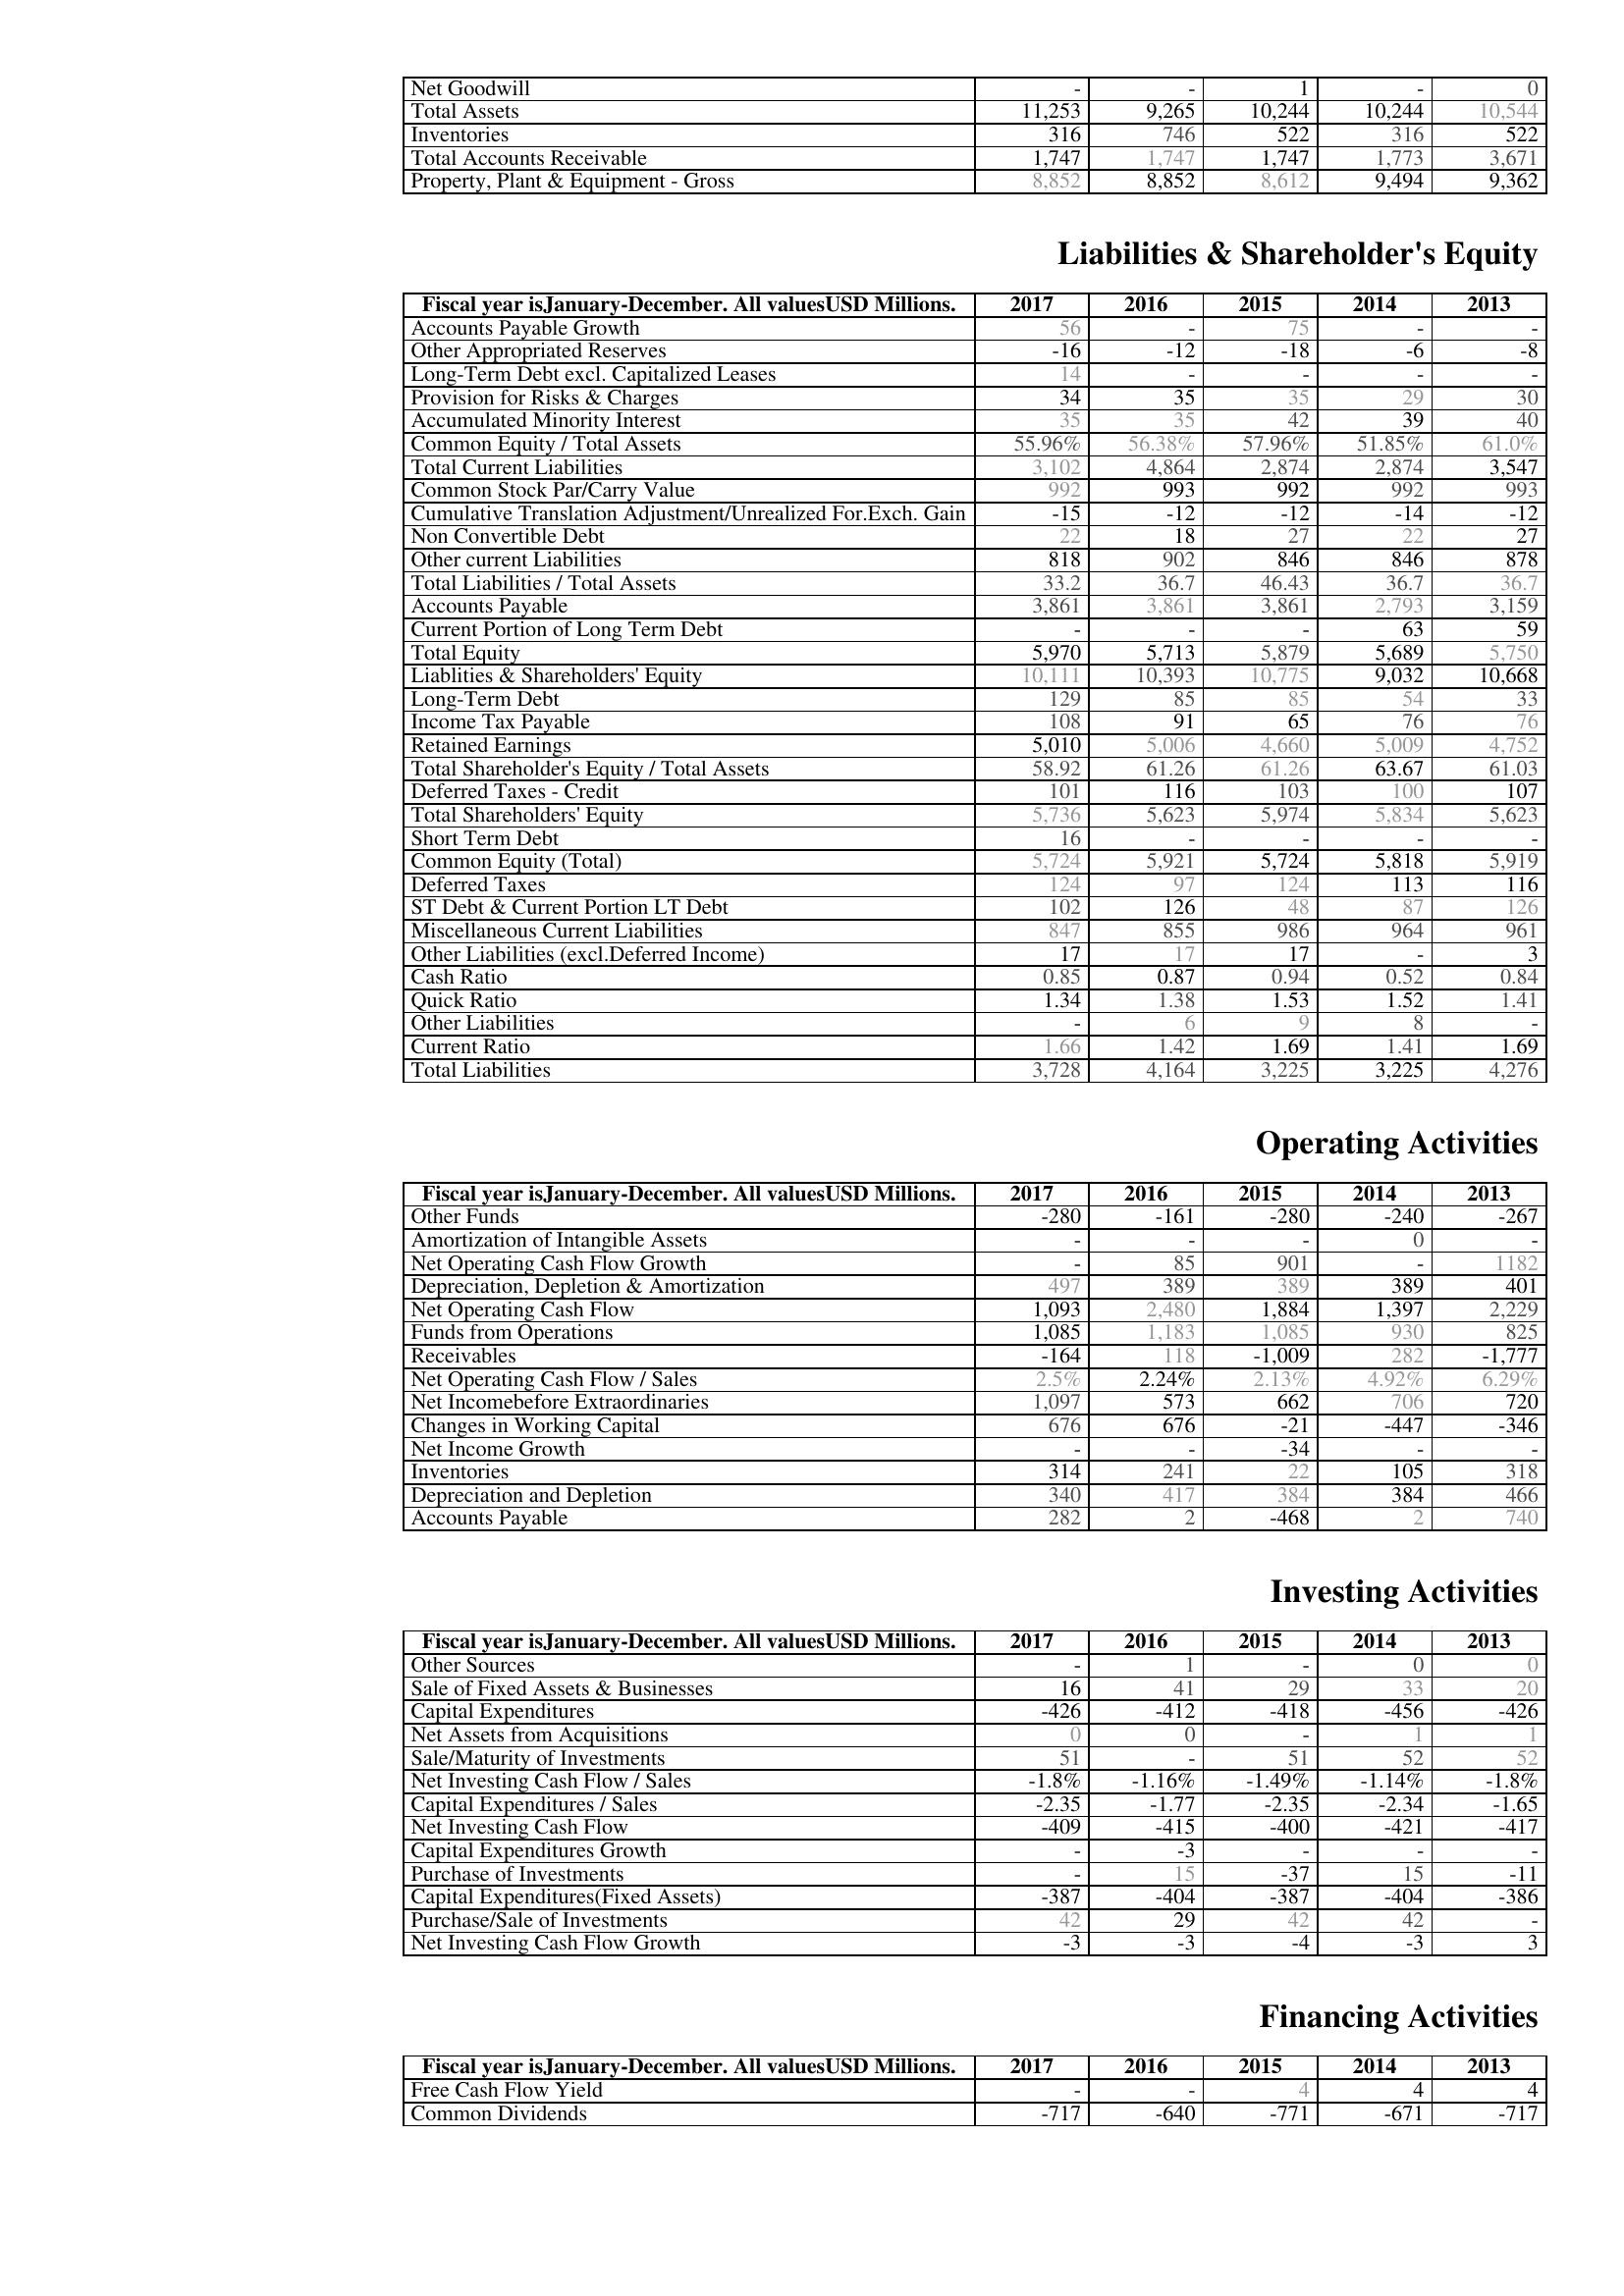
2017: Assets: Net Goodwill: -
Total Assets: 11,253
Inventories: 316
Total Accounts Receivable: 1,747
Property, Plant & Equipment - Gross : 8,852
Liabilities & Shareholder's Equity: Accounts Payable Growth: 56
Other Appropriated Reserves: -16
Long-Term Debt excl. Capitalized Leases: 14
Provision for Risks & Charges: 34
Accumulated Minority Interest: 35
Common Equity / Total Assets: 55.96%
Total Current Liabilities: 3,102
Common Stock Par/Carry Value: 992
Cumulative Translation Adjustment/Unrealized For.Exch. Gain: -15
Non Convertible Debt: 22
Other current Liabilities: 818
Total Liabilities / Total Assets: 33.2
Accounts Payable: 3,861
Current Portion of Long Term Debt: -
Total Equity: 5,970
Liablities & Shareholders' Equity: 10,111
Long-Term Debt: 129
Income Tax Payable: 108
Retained Earnings: 5,010
Total Shareholder's Equity / Total Assets: 58.92
Deferred Taxes - Credit: 101
Total Shareholders' Equity: 5,736
Short Term Debt: 16
Common Equity (Total): 5,724
Deferred Taxes: 124
ST Debt & Current Portion LT Debt: 102
Miscellaneous Current Liabilities: 847
Other Liabilities (excl.Deferred Income): 17
Cash Ratio: 0.85
Quick Ratio: 1.34
Other Liabilities: -
Current Ratio: 1.66
Total Liabilities: 3,728
Operating Activities: Other Funds: -280
Amortization of Intangible Assets: -
Net Operating Cash Flow Growth: -
Depreciation, Depletion & Amortization: 497
Net Operating Cash Flow: 1,093
Funds from Operations: 1,085
Receivables: -164
Net Operating Cash Flow / Sales: 2.5%
Net Incomebefore Extraordinaries: 1,097
Changes in Working Capital: 676
Net Income Growth: -
Inventories: 314
Depreciation and Depletion: 340
Accounts Payable: 282
Investing Activities: Other Sources: -
Sale of Fixed Assets & Businesses: 16
Capital Expenditures: -426
Net Assets from Acquisitions: 0
Sale/Maturity of Investments: 51
Net Investing Cash Flow / Sales: -1.8%
Capital Expenditures / Sales: -2.35
Net Investing Cash Flow: -409
Capital Expenditures Growth: -
Purchase of Investments: -
Capital Expenditures(Fixed Assets): -387
Purchase/Sale of Investments: 42
Net Investing Cash Flow Growth: -3
Financing Activities: Free Cash Flow Yield: -
Common Dividends: -717
2016: Assets: Net Goodwill: -
Total Assets: 9,265
Inventories: 746
Total Accounts Receivable: 1,747
Property, Plant & Equipment - Gross : 8,852
Liabilities & Shareholder's Equity: Accounts Payable Growth: -
Other Appropriated Reserves: -12
Long-Term Debt excl. Capitalized Leases: -
Provision for Risks & Charges: 35
Accumulated Minority Interest: 35
Common Equity / Total Assets: 56.38%
Total Current Liabilities: 4,864
Common Stock Par/Carry Value: 993
Cumulative Translation Adjustment/Unrealized For.Exch. Gain: -12
Non Convertible Debt: 18
Other current Liabilities: 902
Total Liabilities / Total Assets: 36.7
Accounts Payable: 3,861
Current Portion of Long Term Debt: -
Total Equity: 5,713
Liablities & Shareholders' Equity: 10,393
Long-Term Debt: 85
Income Tax Payable: 91
Retained Earnings: 5,006
Total Shareholder's Equity / Total Assets: 61.26
Deferred Taxes - Credit: 116
Total Shareholders' Equity: 5,623
Short Term Debt: -
Common Equity (Total): 5,921
Deferred Taxes: 97
ST Debt & Current Portion LT Debt: 126
Miscellaneous Current Liabilities: 855
Other Liabilities (excl.Deferred Income): 17
Cash Ratio: 0.87
Quick Ratio: 1.38
Other Liabilities: 6
Current Ratio: 1.42
Total Liabilities: 4,164
Operating Activities: Other Funds: -161
Amortization of Intangible Assets: -
Net Operating Cash Flow Growth: 85
Depreciation, Depletion & Amortization: 389
Net Operating Cash Flow: 2,480
Funds from Operations: 1,183
Receivables: 118
Net Operating Cash Flow / Sales: 2.24%
Net Incomebefore Extraordinaries: 573
Changes in Working Capital: 676
Net Income Growth: -
Inventories: 241
Depreciation and Depletion: 417
Accounts Payable: 2
Investing Activities: Other Sources: 1
Sale of Fixed Assets & Businesses: 41
Capital Expenditures: -412
Net Assets from Acquisitions: 0
Sale/Maturity of Investments: -
Net Investing Cash Flow / Sales: -1.16%
Capital Expenditures / Sales: -1.77
Net Investing Cash Flow: -415
Capital Expenditures Growth: -3
Purchase of Investments: 15
Capital Expenditures(Fixed Assets): -404
Purchase/Sale of Investments: 29
Net Investing Cash Flow Growth: -3
Financing Activities: Free Cash Flow Yield: -
Common Dividends: -640
2015: Assets: Net Goodwill: 1
Total Assets: 10,244
Inventories: 522
Total Accounts Receivable: 1,747
Property, Plant & Equipment - Gross : 8,612
Liabilities & Shareholder's Equity: Accounts Payable Growth: 75
Other Appropriated Reserves: -18
Long-Term Debt excl. Capitalized Leases: -
Provision for Risks & Charges: 35
Accumulated Minority Interest: 42
Common Equity / Total Assets: 57.96%
Total Current Liabilities: 2,874
Common Stock Par/Carry Value: 992
Cumulative Translation Adjustment/Unrealized For.Exch. Gain: -12
Non Convertible Debt: 27
Other current Liabilities: 846
Total Liabilities / Total Assets: 46.43
Accounts Payable: 3,861
Current Portion of Long Term Debt: -
Total Equity: 5,879
Liablities & Shareholders' Equity: 10,775
Long-Term Debt: 85
Income Tax Payable: 65
Retained Earnings: 4,660
Total Shareholder's Equity / Total Assets: 61.26
Deferred Taxes - Credit: 103
Total Shareholders' Equity: 5,974
Short Term Debt: -
Common Equity (Total): 5,724
Deferred Taxes: 124
ST Debt & Current Portion LT Debt: 48
Miscellaneous Current Liabilities: 986
Other Liabilities (excl.Deferred Income): 17
Cash Ratio: 0.94
Quick Ratio: 1.53
Other Liabilities: 9
Current Ratio: 1.69
Total Liabilities: 3,225
Operating Activities: Other Funds: -280
Amortization of Intangible Assets: -
Net Operating Cash Flow Growth: 901
Depreciation, Depletion & Amortization: 389
Net Operating Cash Flow: 1,884
Funds from Operations: 1,085
Receivables: -1,009
Net Operating Cash Flow / Sales: 2.13%
Net Incomebefore Extraordinaries: 662
Changes in Working Capital: -21
Net Income Growth: -34
Inventories: 22
Depreciation and Depletion: 384
Accounts Payable: -468
Investing Activities: Other Sources: -
Sale of Fixed Assets & Businesses: 29
Capital Expenditures: -418
Net Assets from Acquisitions: -
Sale/Maturity of Investments: 51
Net Investing Cash Flow / Sales: -1.49%
Capital Expenditures / Sales: -2.35
Net Investing Cash Flow: -400
Capital Expenditures Growth: -
Purchase of Investments: -37
Capital Expenditures(Fixed Assets): -387
Purchase/Sale of Investments: 42
Net Investing Cash Flow Growth: -4
Financing Activities: Free Cash Flow Yield: 4
Common Dividends: -771
2014: Assets: Net Goodwill: -
Total Assets: 10,244
Inventories: 316
Total Accounts Receivable: 1,773
Property, Plant & Equipment - Gross : 9,494
Liabilities & Shareholder's Equity: Accounts Payable Growth: -
Other Appropriated Reserves: -6
Long-Term Debt excl. Capitalized Leases: -
Provision for Risks & Charges: 29
Accumulated Minority Interest: 39
Common Equity / Total Assets: 51.85%
Total Current Liabilities: 2,874
Common Stock Par/Carry Value: 992
Cumulative Translation Adjustment/Unrealized For.Exch. Gain: -14
Non Convertible Debt: 22
Other current Liabilities: 846
Total Liabilities / Total Assets: 36.7
Accounts Payable: 2,793
Current Portion of Long Term Debt: 63
Total Equity: 5,689
Liablities & Shareholders' Equity: 9,032
Long-Term Debt: 54
Income Tax Payable: 76
Retained Earnings: 5,009
Total Shareholder's Equity / Total Assets: 63.67
Deferred Taxes - Credit: 100
Total Shareholders' Equity: 5,834
Short Term Debt: -
Common Equity (Total): 5,818
Deferred Taxes: 113
ST Debt & Current Portion LT Debt: 87
Miscellaneous Current Liabilities: 964
Other Liabilities (excl.Deferred Income): -
Cash Ratio: 0.52
Quick Ratio: 1.52
Other Liabilities: 8
Current Ratio: 1.41
Total Liabilities: 3,225
Operating Activities: Other Funds: -240
Amortization of Intangible Assets: 0
Net Operating Cash Flow Growth: -
Depreciation, Depletion & Amortization: 389
Net Operating Cash Flow: 1,397
Funds from Operations: 930
Receivables: 282
Net Operating Cash Flow / Sales: 4.92%
Net Incomebefore Extraordinaries: 706
Changes in Working Capital: -447
Net Income Growth: -
Inventories: 105
Depreciation and Depletion: 384
Accounts Payable: 2
Investing Activities: Other Sources: 0
Sale of Fixed Assets & Businesses: 33
Capital Expenditures: -456
Net Assets from Acquisitions: 1
Sale/Maturity of Investments: 52
Net Investing Cash Flow / Sales: -1.14%
Capital Expenditures / Sales: -2.34
Net Investing Cash Flow: -421
Capital Expenditures Growth: -
Purchase of Investments: 15
Capital Expenditures(Fixed Assets): -404
Purchase/Sale of Investments: 42
Net Investing Cash Flow Growth: -3
Financing Activities: Free Cash Flow Yield: 4
Common Dividends: -671
2013: Assets: Net Goodwill: 0
Total Assets: 10,544
Inventories: 522
Total Accounts Receivable: 3,671
Property, Plant & Equipment - Gross : 9,362
Liabilities & Shareholder's Equity: Accounts Payable Growth: -
Other Appropriated Reserves: -8
Long-Term Debt excl. Capitalized Leases: -
Provision for Risks & Charges: 30
Accumulated Minority Interest: 40
Common Equity / Total Assets: 61.0%
Total Current Liabilities: 3,547
Common Stock Par/Carry Value: 993
Cumulative Translation Adjustment/Unrealized For.Exch. Gain: -12
Non Convertible Debt: 27
Other current Liabilities: 878
Total Liabilities / Total Assets: 36.7
Accounts Payable: 3,159
Current Portion of Long Term Debt: 59
Total Equity: 5,750
Liablities & Shareholders' Equity: 10,668
Long-Term Debt: 33
Income Tax Payable: 76
Retained Earnings: 4,752
Total Shareholder's Equity / Total Assets: 61.03
Deferred Taxes - Credit: 107
Total Shareholders' Equity: 5,623
Short Term Debt: -
Common Equity (Total): 5,919
Deferred Taxes: 116
ST Debt & Current Portion LT Debt: 126
Miscellaneous Current Liabilities: 961
Other Liabilities (excl.Deferred Income): 3
Cash Ratio: 0.84
Quick Ratio: 1.41
Other Liabilities: -
Current Ratio: 1.69
Total Liabilities: 4,276
Operating Activities: Other Funds: -267
Amortization of Intangible Assets: -
Net Operating Cash Flow Growth: 1182
Depreciation, Depletion & Amortization: 401
Net Operating Cash Flow: 2,229
Funds from Operations: 825
Receivables: -1,777
Net Operating Cash Flow / Sales: 6.29%
Net Incomebefore Extraordinaries: 720
Changes in Working Capital: -346
Net Income Growth: -
Inventories: 318
Depreciation and Depletion: 466
Accounts Payable: 740
Investing Activities: Other Sources: 0
Sale of Fixed Assets & Businesses: 20
Capital Expenditures: -426
Net Assets from Acquisitions: 1
Sale/Maturity of Investments: 52
Net Investing Cash Flow / Sales: -1.8%
Capital Expenditures / Sales: -1.65
Net Investing Cash Flow: -417
Capital Expenditures Growth: -
Purchase of Investments: -11
Capital Expenditures(Fixed Assets): -386
Purchase/Sale of Investments: -
Net Investing Cash Flow Growth: 3
Financing Activities: Free Cash Flow Yield: 4
Common Dividends: -717